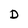
Character: D